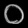
Digit: ၀